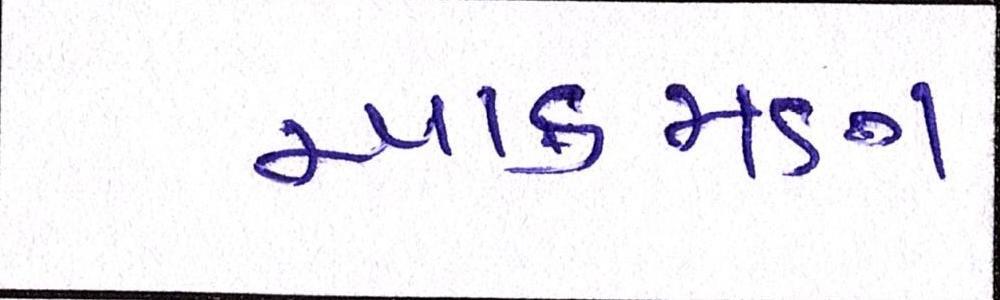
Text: આક્રમણ